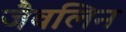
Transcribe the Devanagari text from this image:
जैवलिन